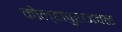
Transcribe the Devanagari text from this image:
कोल्हापुराजवळ